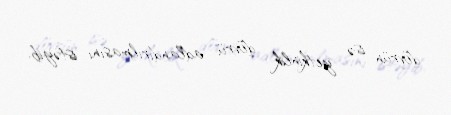
dövrün isə yetkinlik dövrü adlandırılmasını istəyib.